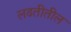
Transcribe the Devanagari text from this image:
लढतीतील